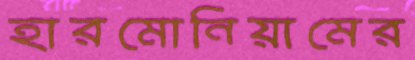
হারমোনিয়ামের